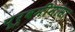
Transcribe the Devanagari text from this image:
पूर्वमींमांसा